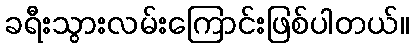
ခရီးသွားလမ်းကြောင်းဖြစ်ပါတယ်။